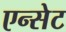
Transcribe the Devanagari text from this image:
एन्सेट